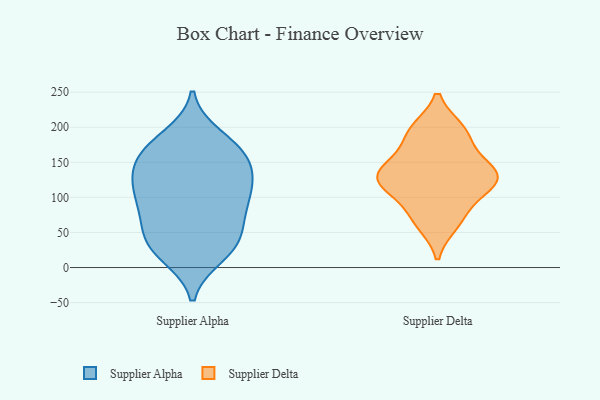
{"axis": {"x": "Tickets Resolved", "y": "Value"}, "legend": ["Supplier Alpha", "Supplier Delta"], "data": [{"x": "", "y": 44, "type": "Supplier Alpha"}, {"x": "", "y": 122, "type": "Supplier Alpha"}, {"x": "", "y": 173, "type": "Supplier Alpha"}, {"x": "", "y": 17, "type": "Supplier Alpha"}, {"x": "", "y": 29, "type": "Supplier Alpha"}, {"x": "", "y": 34, "type": "Supplier Alpha"}, {"x": "", "y": 81, "type": "Supplier Alpha"}, {"x": "", "y": 146, "type": "Supplier Alpha"}, {"x": "", "y": 97, "type": "Supplier Alpha"}, {"x": "", "y": 110, "type": "Supplier Alpha"}, {"x": "", "y": 171, "type": "Supplier Alpha"}, {"x": "", "y": 124, "type": "Supplier Alpha"}, {"x": "", "y": 187, "type": "Supplier Alpha"}, {"x": "", "y": 153, "type": "Supplier Alpha"}, {"x": "", "y": 100, "type": "Supplier Alpha"}, {"x": "", "y": 61, "type": "Supplier Alpha"}, {"x": "", "y": 166, "type": "Supplier Alpha"}, {"x": "", "y": 73, "type": "Supplier Alpha"}, {"x": "", "y": 24, "type": "Supplier Alpha"}, {"x": "", "y": 134, "type": "Supplier Alpha"}, {"x": "", "y": 135, "type": "Supplier Delta"}, {"x": "", "y": 197, "type": "Supplier Delta"}, {"x": "", "y": 117, "type": "Supplier Delta"}, {"x": "", "y": 196, "type": "Supplier Delta"}, {"x": "", "y": 141, "type": "Supplier Delta"}, {"x": "", "y": 124, "type": "Supplier Delta"}, {"x": "", "y": 135, "type": "Supplier Delta"}, {"x": "", "y": 170, "type": "Supplier Delta"}, {"x": "", "y": 62, "type": "Supplier Delta"}, {"x": "", "y": 75, "type": "Supplier Delta"}, {"x": "", "y": 109, "type": "Supplier Delta"}]}